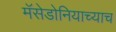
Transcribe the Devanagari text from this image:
मॅसेडोनियाच्याच